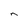
Character: n